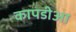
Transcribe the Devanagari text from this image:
कापडीआ